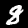
Label: 8